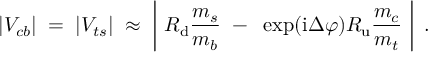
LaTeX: | V _ { c b } | \; = \; | V _ { t s } | \; \approx \; \left| ~ R _ { \mathrm { d } } \frac { m _ { s } } { m _ { b } } ~ - ~ \exp ( \mathrm { i } \Delta \varphi ) R _ { \mathrm { u } } \frac { m _ { c } } { m _ { t } } ~ \right| \; .